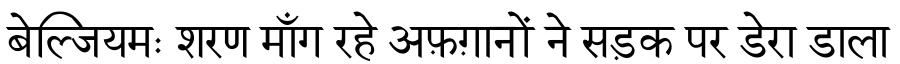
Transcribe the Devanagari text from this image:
बेल्जियमः शरण माँग रहे अफ़ग़ानों ने सड़क पर डेरा डाला